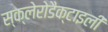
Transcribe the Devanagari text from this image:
स्क्लेरोडैक्टाइली